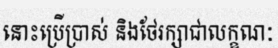
នោះប្រើប្រាស់ និងថែរក្សាជាលក្ខណៈ